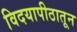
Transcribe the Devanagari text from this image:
विदयापीठातून